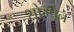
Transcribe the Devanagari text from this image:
शोम्पेन